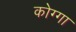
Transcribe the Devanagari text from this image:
कोग्गा